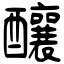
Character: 釀